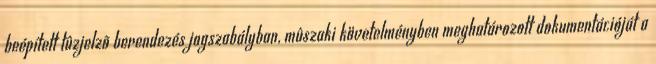
beépített tûzjelzõ berendezés jogszabályban, mûszaki követelményben meghatározott dokumentációját a